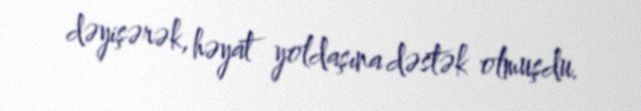
dəyişərək, həyat yoldaşına dəstək olmuşdu.